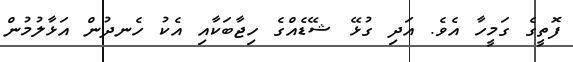
ފޮތީގެ ގަމީހާ އެވެ. އަދި ގުޅޭ ޝޭޑެއްގެ ހިޖާބަކާއި އެކު ހެނދުން އަޅާލުމުން